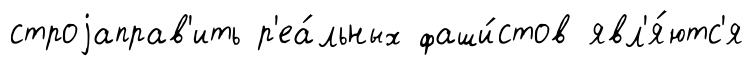
строjаправ'ить р'еа́льных фаши́стов явл'я́ютс'я